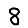
Digit: 8